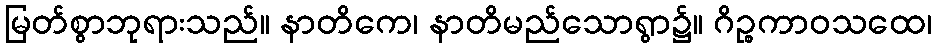
မြတ်စွာဘုရားသည်။ နာတိကေ၊ နာတိမည်သောရွာ၌။ ဂိဉ္စကာဝသထေ၊